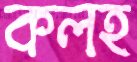
কলহ